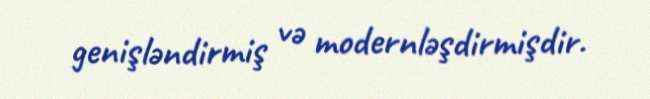
genişləndirmiş və modernləşdirmişdir.